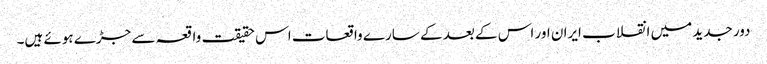
دور جدید میں انقلاب ایران اور اس کے بعد کے سارے واقعات اس حقیقت واقعہ سے جڑے ہوئے ہیں۔